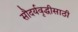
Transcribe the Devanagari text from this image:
सौदर्यवृद्धीसाठी